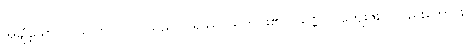
အချို့သော။ ပုဂ္ဂလော၊ ပုဂ္ဂိုလ်သည်။ ပရဿ၊ သူတပါး၏။ ဝဏ္ဏေဝါ၊ ကျေးဇူးကိုလည်းကောင်း။